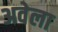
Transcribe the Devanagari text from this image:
अवेला